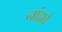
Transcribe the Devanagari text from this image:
नांदावे